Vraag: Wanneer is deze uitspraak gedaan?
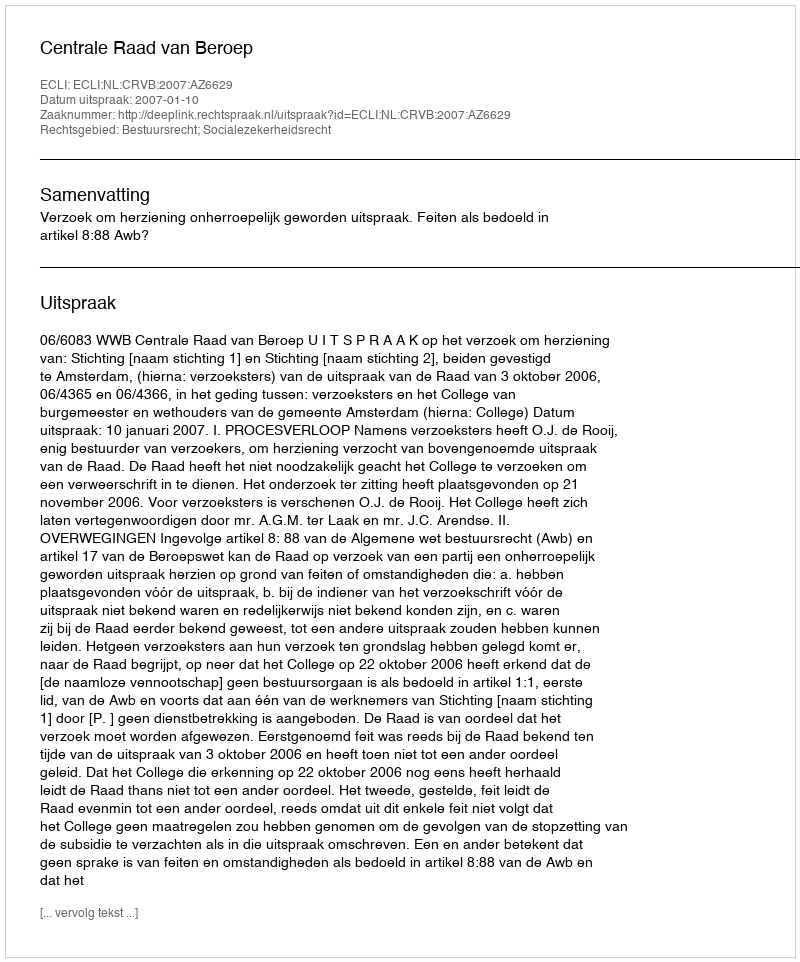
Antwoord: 2007-01-10